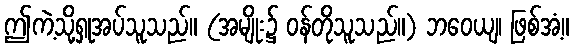
ဤကဲ့သို့ရှုအပ်သူသည်။ (အမျိုး၌ ဝန်တိုသူသည်။) ဘဝေယျ၊ ဖြစ်အံ့။